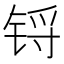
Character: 锊